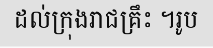
ដល់ក្រុងរាជគ្រឹះ ។រូប